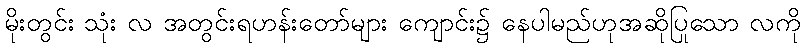
မိုးတွင်း သုံး လ အတွင်းရဟန်းတော်များ ကျောင်း၌ နေပါမည်ဟုအဆိုပြုသော လကို